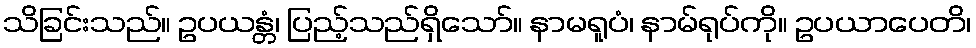
သိခြင်းသည်။ ဥပယန္တံ၊ ပြည့်သည်ရှိသော်။ နာမရူပံ၊ နာမ်ရုပ်ကို။ ဥပယာပေတိ၊